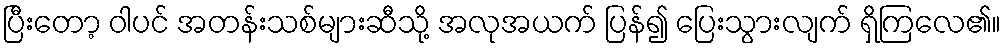
ပြီးတော့ ဝါပင် အတန်းသစ်များဆီသို့ အလုအယက် ပြန်၍ ပြေးသွားလျက် ရှိကြလေ၏။